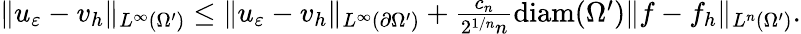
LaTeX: \begin{array}{r}{\| u_{\varepsilon}-v_{h}\| _{L^{\infty}(\Omega^{\prime})}\leq\| u_{\varepsilon}-v_{h}\| _{L^{\infty}(\partial\Omega^{\prime})}+\frac{c_{n}}{2^{1/n}n}\mathrm{diam}(\Omega^{\prime})\| f-f_{h}\| _{L^{n}(\Omega^{\prime})}.}\end{array}